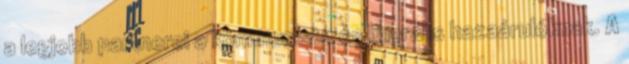
a legjobb partnerei a kommunista és liberális hazaárulóknak. A